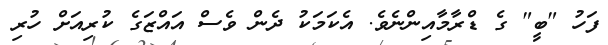
ފަހު "ބީ" ގެ ޑްރާމާއިންނެވެ. އެކަމަކު ދެން ވެސް އައްޒަގެ ކުރިއަށް ހުރި